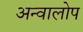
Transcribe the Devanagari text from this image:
अन्वालोप